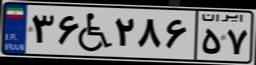
۳۶W۲۸۶۵۷